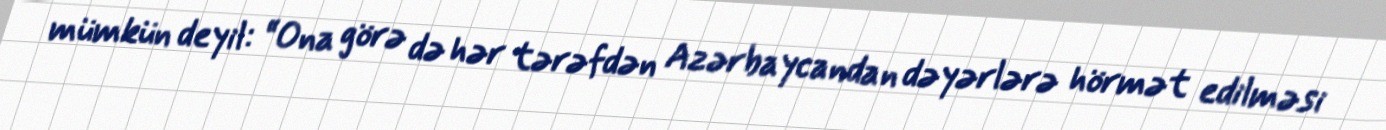
mümkün deyil: “Ona görə də hər tərəfdən Azərbaycandan dəyərlərə hörmət edilməsi